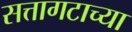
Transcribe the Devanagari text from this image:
सत्तागटाच्या